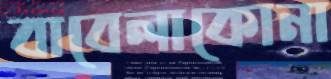
বাবেলাকোনা